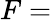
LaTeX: F=